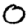
Digit: 0